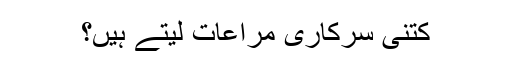
کتنی سرکاری مراعات لیتے ہیں؟